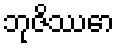
ဘုဇိဿော